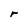
Character: r